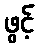
ဖွင့်